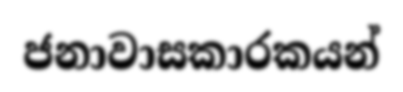
ජනාවාසකාරකයන්